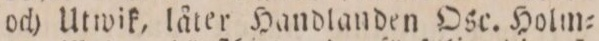
och Utwik, låter Handlanden Osc. Holm=